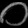
Digit: ၀